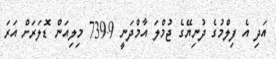
އަދި އެ ފިލްމުގެ ދުނިޔޭގެ ޖުމްލަ އާމްދަނީ 739.9 މިލިއަން ޑޮލަރަށް އަރަ